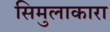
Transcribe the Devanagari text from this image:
सिमुलाकारा